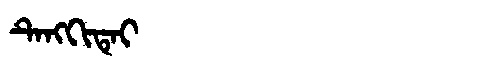
Manchu: ᡨᡝᠩᡴᡳᡨᡝᡳ
Romanization: TENGKITEI